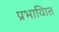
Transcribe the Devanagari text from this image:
प्रभावाित